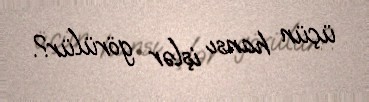
üçün hansı işlər görülür?.